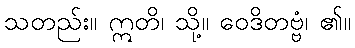
သတည်း။ ဣတိ၊ သို့။ ဝေဒိတဗ္ဗံ၊ ၏။